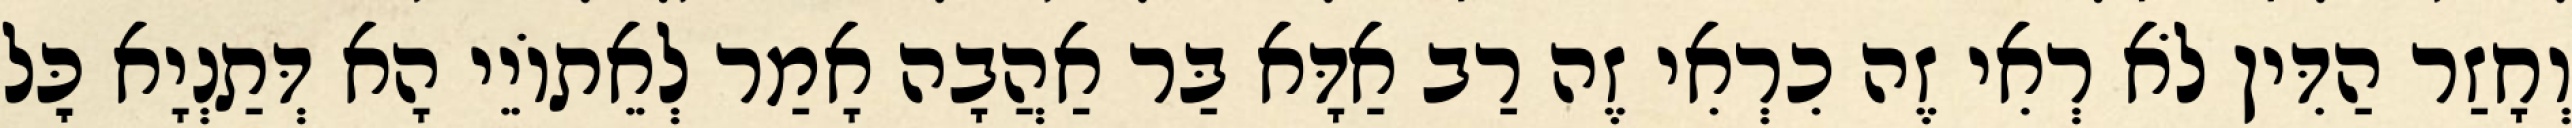
וְחָזַר הַדִּין לֹא רְאִי זֶה כִרְאִי זֶה רַב אַדָּא בַּר אַהֲבָה אָמַר לְאֵתוֹיֵי הָא דְּתַנְיָא כׇּל